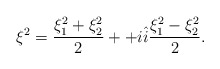
\begin{align*}\xi^2=\frac{\xi_1^2+\xi_2^2}{2}++i\hat{i}\frac{\xi_1^2-\xi_2^2}{2}.\end{align*}